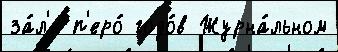
за́л'е п'еро́ годо́в Журна́льном